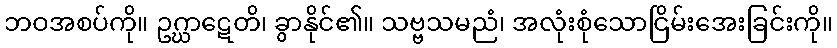
ဘဝအစပ်ကို။ ဥဂ္ဃာဋေတိ၊ ခွာနိုင်၏။ သဗ္ဗသမညံ၊ အလုံးစုံသောငြိမ်းအေးခြင်းကို။